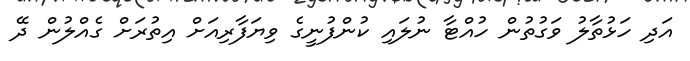
އަދި ހަޅުތާލު ވަގުތުން ހުއްޓާ ނުލައި ކުންފުނީގެ ވިޔަފާރިއަށް އިތުރަށް ގެއްލުން ދޭ